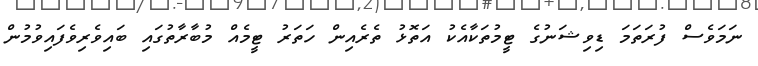
ނަމަވެސް ފުރަތަމަ ޑިވިޝަނުގެ ޓީމުތަކާއެކު އަތޮޅު ތެރެއިން ހަތަރު ޓީމެއް މުބާރާތުގައި ބައިވެރިވެފައިވުމުން